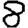
Digit: 8